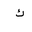
Letter: _kaf